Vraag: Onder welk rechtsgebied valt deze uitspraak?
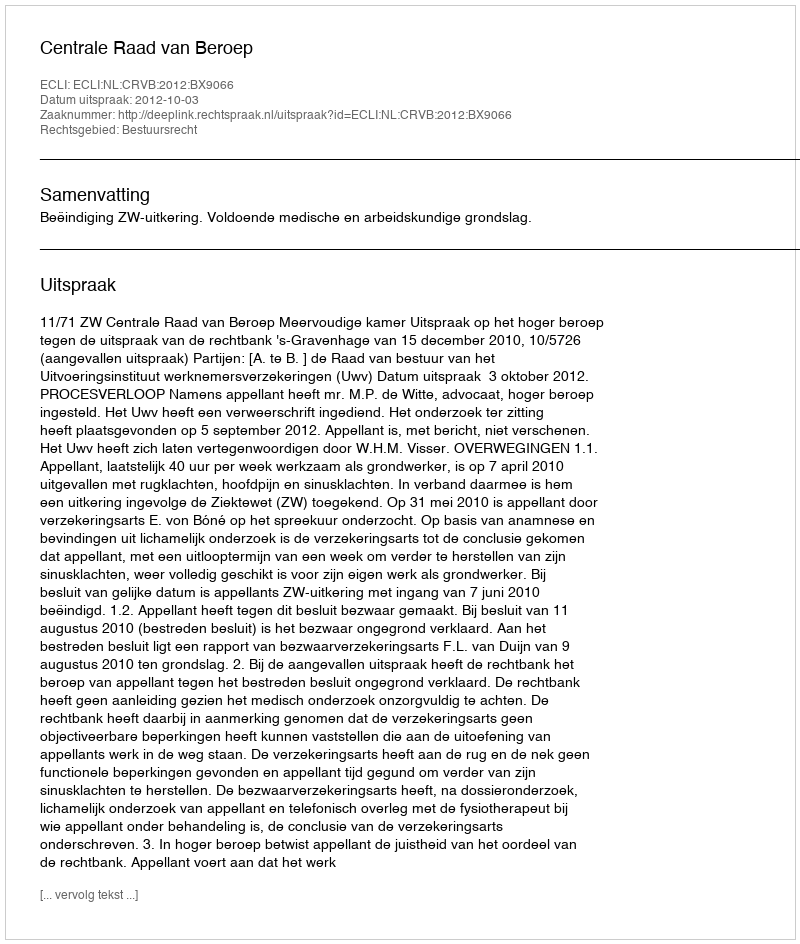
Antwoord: Bestuursrecht